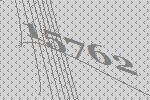
15762